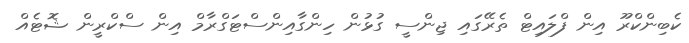
ކެބިންކްރޫ އިން ފްލައިޓް ތެރޭގައި ޖިންސީ ގުޅުން ހިންގާއިންސްޓަގްރާމް އިން ސްކްރީން ޝޮޓެއް